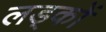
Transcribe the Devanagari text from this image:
लड्कों